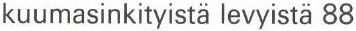
kuumasinkityistä levyistä 88